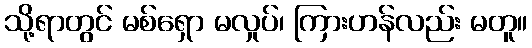
သို့ရာတွင် မစ်ရှော မလှုပ်၊ ကြားဟန်လည်း မတူ။